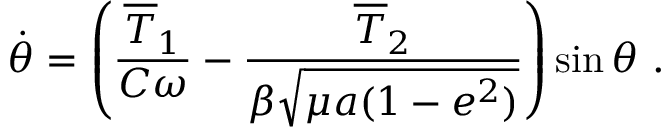
\dot { \theta } = \left( \frac { \overline { T } _ { 1 } } { C \omega } - \frac { \overline { T } _ { 2 } } { \beta \sqrt { \mu a ( 1 - e ^ { 2 } ) } } \right) \sin \theta \ .